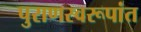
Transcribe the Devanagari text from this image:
पुराणस्वरूपांत